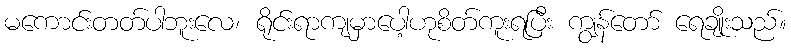
မကောင်းတတ်ပါဘူးလေ၊ ရိုင်းရာကျမှာပေါ့ဟုစိတ်ကူးရပြီး ကျွန်တော် ရေချိုးသည်။